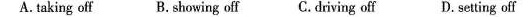
A.taking off B. Showing off C. Driving off D.Setting off